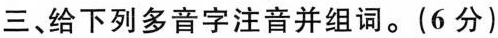
三、给下列多音字注音并组词。(6分)